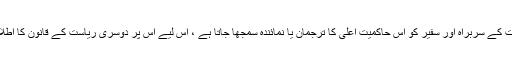
چونکہ ریاست کے سربراہ اور سفیر کو اس حاکمیت اعلی کا ترجمان یا نمائندہ سمجھا جاتا ہے ، اس لیے اس پر دوسری ریاست کے قانون کا اطلاق نہیں ہوتا ۔